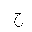
Letter: _gim